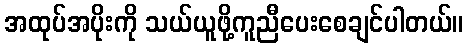
အထုပ်အပိုးကို သယ်ယူဖို့ကူညီပေးစေချင်ပါတယ်။